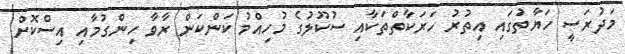
މަދުރަސީ ހަޔާތުގައި އިތުރު ހަރަކާތްތަކާއި ސުކޫލުގެ މުހިއްމު ކަންކަން ރާވާ ހިންގުމާއި އިސްކޮށް